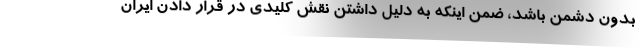
بدون دشمن باشد، ضمن اینکه به دلیل داشتن نقش کلیدی در قرار دادن ایران